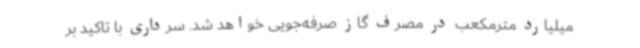
میلیارد مترمکعب در مصرف گاز صرفه‌جویی خواهد شد. سرداری با تاکید بر